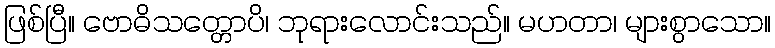
ဖြစ်ပြီ။ ဗောဓိသတ္တောပိ၊ ဘုရားလောင်းသည်။ မဟတာ၊ များစွာသော။